Indian journal of veterinary science and animal husbandry - Volumes 24-25, 1954-1955
Year: 1954
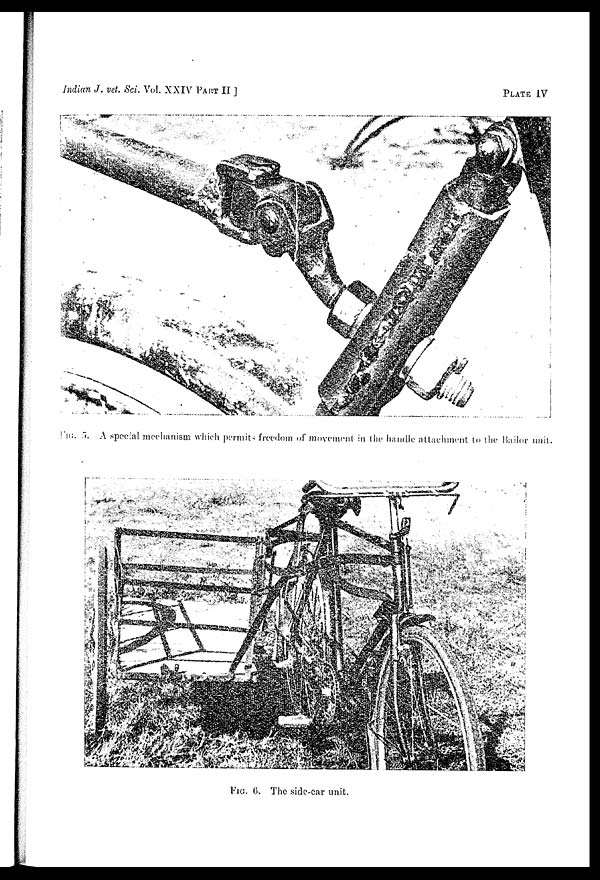
Indian J. vet. Sci. Vol. XXIV PART II]
PLATE IV
FIG. 5. A special mechanism which permits freedom of movement in the handle attachment to the Bailor unit.
FIG. 6. The side-car unit.